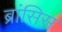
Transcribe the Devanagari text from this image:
ब्रांसिस